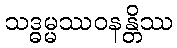
သဒ္ဓမ္မဿဝနန္တိဿ